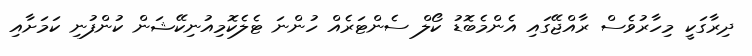
ދިރާގަކީ މިހާރުވެސް ރާއްޖޭގައި އެންމެބޮޑު ކޯލް ސެންޓަރެއް ހުންނަ ޓެލެކޮމިއުނިކޭޝަން ކުންފުނި ކަމަށާއި